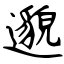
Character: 邈